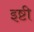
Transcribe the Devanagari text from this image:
इष्टी